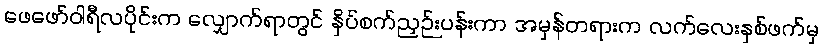
ဖေဖော်ဝါရီလပိုင်းက လျှောက်ရာတွင် နှိပ်စက်ညှဉ်းပန်းကာ အမှန်တရားက လက်လေးနှစ်ဖက်မှ